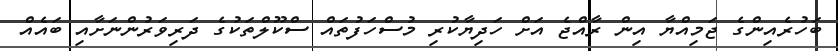
ބަހުރެއިންގެ ޖަމިއްޔާ އިން ރާއްޖެ އަށް ހަދިޔާކުރި މުސްހަފުތައް ސްކޫލްތަކުގެ ދަރިވަރުންނަށާއި ބައެއް